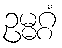
ဥမ္မဂ္ဂံ